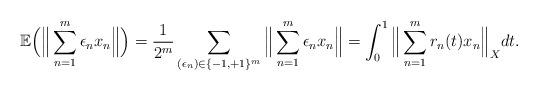
LaTeX: \begin{align*}\mathbb{E} \Big(\Big\|\sum_{n=1}^m \epsilon_n x_n \Big\| \Big)=\frac{1}{2^m}\sum_{(\epsilon_n)\in\{-1,+1\}^m}\Big\|\sum_{n=1}^m \epsilon_n x_n \Big\|=\int_0^1\Big\|\sum_{n=1}^m r_n(t)x_n\Big\|_Xdt.\end{align*}